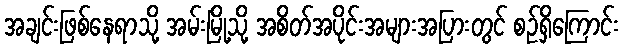
အချင်းဖြစ်နေရာသို့ အမ်းမြို့သို့ အစိတ်အပိုင်းအများအပြားတွင် စဉ်ရှိကြောင်း